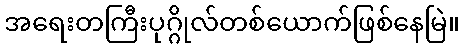
အရေးတကြီးပုဂ္ဂိုလ်တစ်ယောက်ဖြစ်နေမြဲ။